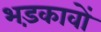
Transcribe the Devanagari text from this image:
भड़कावों